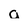
Character: a